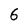
Character: 6